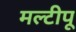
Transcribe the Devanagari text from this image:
मल्टीपू